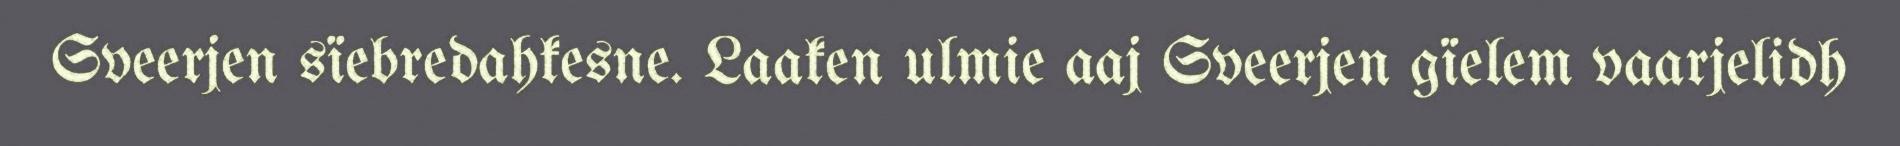
Sveerjen sïebredahkesne. Laaken ulmie aaj Sveerjen gïelem vaarjelidh